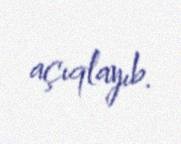
açıqlayıb.